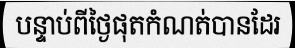
បន្ទាប់ពីថ្ងៃផុតកំណត់បានដែរ